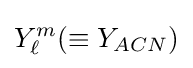
Y_{\ell }^{m}(\equiv Y_{ACN})